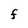
Character: F